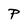
Character: P